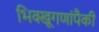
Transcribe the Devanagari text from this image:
भिक्खूगणांपैकी